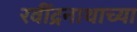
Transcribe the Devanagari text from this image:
रवींद्रनाथाच्या